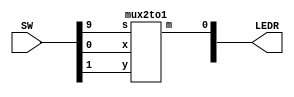
`timescale 1ns / 1ps

module mux (SW, LEDR);
	input [9:0]SW;
	output [9:0]LEDR;

	mux2to1 u0 (
	.x(SW[0]), // connect port SW[0] to port x of mux2to1
	.y(SW[1]), // connect port SW[1] to port y of mux2to1
	.s(SW[9]), // connect port SW[9] to port s of mux2to1
	.m(LEDR[0]) // connect port LEDR[0] to port m of mux2to1
);
endmodule

module v7404 (pin1, pin3, pin5, pin9, pin11, pin13,
pin2, pin4, pin6, pin8, pin10, pin12);

	input pin1, pin3, pin5, pin9, pin11, pin13;
	output pin2, pin4, pin6, pin8, pin10, pin12;
	
	assign pin2 = ~pin1;
	assign pin4 = ~pin3;
	assign pin6 = ~pin5;
	assign pin8 = ~pin9;
	assign pin10 = ~pin11;
	assign pin12 = ~pin13;

endmodule

module v7408 (pin1, pin3, pin5, pin9, pin11, pin13,
pin2, pin4, pin6, pin8, pin10, pin12);
	input pin1, pin2, pin4, pin5, pin9, pin10, pin12, pin13;
	output pin3, pin6, pin8, pin11;
	
	assign pin3 = pin1 & pin2;
	assign pin6 = pin4 & pin5;
	assign pin8 = pin9 & pin10;
	assign pin11 = pin12 & pin13;

endmodule 

module v7432 (pin1, pin3, pin5, pin9, pin11, pin13,
pin2, pin4, pin6, pin8, pin10, pin12);
	input pin1, pin2, pin4, pin5, pin9, pin10, pin12, pin13;
	output pin3, pin6, pin8, pin11;
	
	assign pin3 = pin1 | pin2;
	assign pin6 = pin4 | pin5;
	assign pin8 = pin9 | pin10;
	assign pin11 = pin12 | pin13;

endmodule

module mux2to1(x, y, s, m);
    input x; //select 0
    input y; //select 1
    input s; //select signal
    output m; //output

	wire w0, w1, w2;
	v7404 u0(.pin1(s),.pin2(w0));
	v7408 u1(.pin1(x),.pin2(w0),.pin3(w1),.pin4(y),.pin5(s),.pin6(w2));
	v7432 u3(.pin1(w1),.pin2(w2),.pin3(m));

endmodule